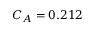
C _ { A } = 0 . 2 1 2